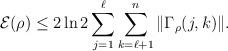
LaTeX: \begin{align*} {\mathcal E}(\rho) \le 2 \ln 2 \sum_{j=1}^{\ell} \sum_{k=\ell+1}^n \| \Gamma_{\rho}(j,k)\|. \end{align*}